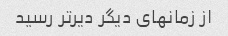
از زمانهای دیگر دیرتر رسید